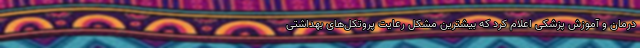
درمان و آموزش پزشکی اعلام کرد که بیشترین مشکل رعایت پروتکل‌های بهداشتی